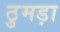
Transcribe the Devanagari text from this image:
ठुमड़ा